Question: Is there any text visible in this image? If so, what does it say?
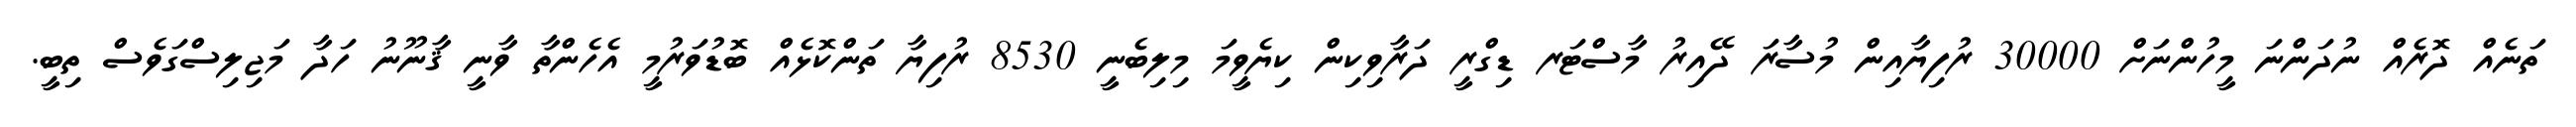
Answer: ތަނެއް ދޮރެއް ނުދަންނަ މީހުންނަށް 30000 ރުފިޔާއިން މުސާރަ ދޭއިރު މާސްޓަރ ޑިގްރީ ދަރާވިކިން ކިޔެވީމަ މިލިބެނީ 8530 ރުފިޔާ ތަންކޮޅެއް ބޮޑުވަރުމީ އެހެންތާ ވާނީ ޤާނޫނު ހަދާ މަޖިލިސްގަވެސް ތިބީ.